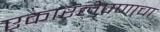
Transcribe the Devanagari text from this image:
एकारलेपणाचा